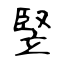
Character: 竪